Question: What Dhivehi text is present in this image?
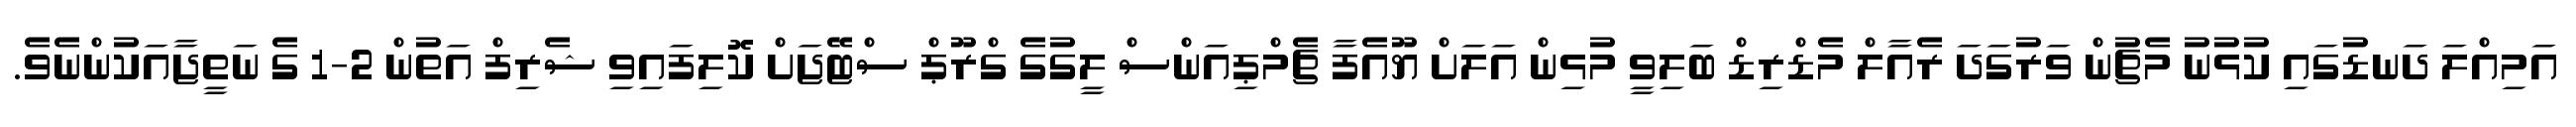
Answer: އަމިއްލަ ދަނޑުގައި ކުޅުނު މެޗުން ވަރުގަދަ ރެއާލް މެޑްރިޑް ބަލިވީ މުޅިން އަލަށް ޔޫއެފާ ޗެމްޕިއަންސް ލީގުގެ ގްރޫޕް ސްޓޭޖަށް ކޮލިފައިވި ޝެރިފް އަތުން 2-1 ގެ ނަތީޖާއަކުންނެވެ.